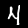
Digit: 4